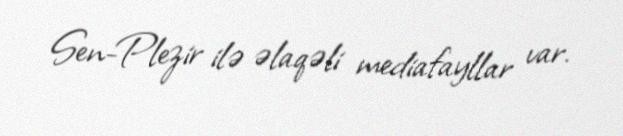
Sen-Plezir ilə əlaqəli mediafayllar var.